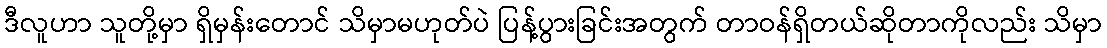
ဒီလူဟာ သူတို့မှာ ရှိမှန်းတောင် သိမှာမဟုတ်ပဲ ပြန့်ပွားခြင်းအတွက် တာဝန်ရှိတယ်ဆိုတာကိုလည်း သိမှာ